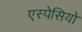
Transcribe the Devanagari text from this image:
एस्पेसियो